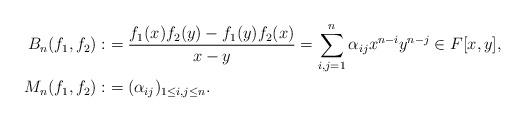
LaTeX: \begin{align*}B_{n}(f_{1},f_{2}) :&= \frac{f_{1}(x)f_{2}(y)-f_{1}(y)f_{2}(x)}{x-y}= \sum_{i,j=1}^{n} \alpha _{ij}x^{n-i}y^{n-j}\in F[x,y], \\ M_{n}(f_{1},f_{2}) :&= (\alpha_{ij})_{1 \leq i,j \leq n}.\end{align*}